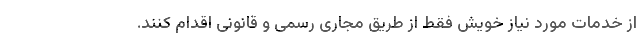
از خدمات مورد نیاز خویش فقط از طریق مجاری رسمی و قانونی اقدام کنند.